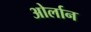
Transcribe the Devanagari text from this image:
ओर्लान